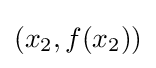
(x_{2},f(x_{2}))